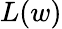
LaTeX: L(w)